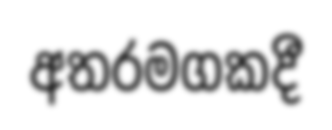
අතරමගකදී